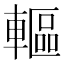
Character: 䡱